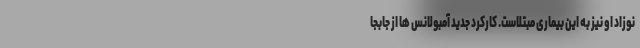
نوزاد او نیز به این بیماری مبتلاست. کارکرد جدید آمبولانس ها از جابجا